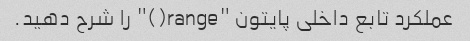
عملکرد تابع داخلی پایتون "range()" را شرح دهید.